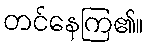
တင်နေကြ၏။